Civil Veterinary Department Bihar reports 1940-50 - 1940-1950
Year: 1940
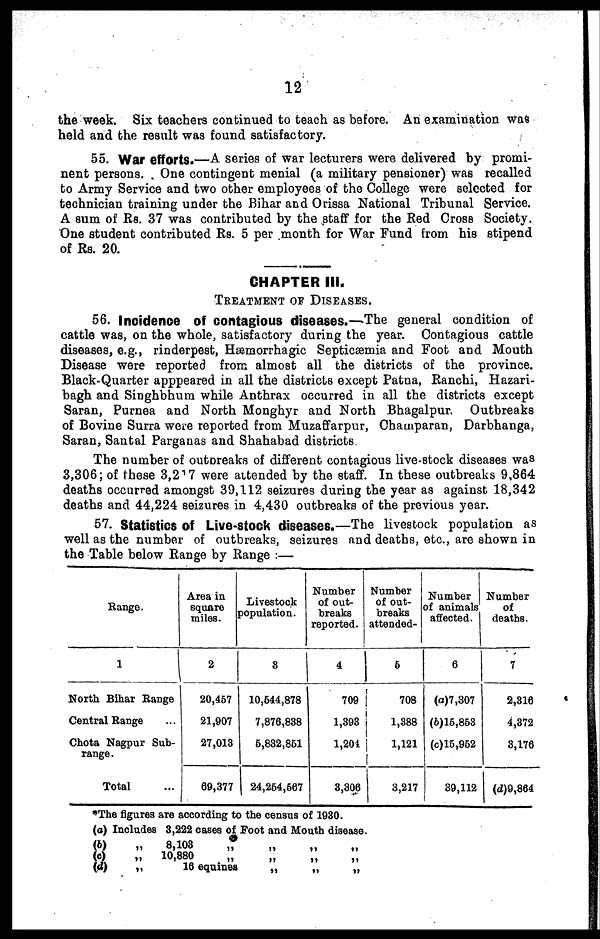
12
the week. Six teachers continued to teach as before. An examination was
held and the result was found satisfactory.
55. War efforts.—A series of war lecturers were delivered by promi-
nent persons. One contingent menial (a military pensioner) was recalled
to Army Service and two other employees of the College were selected for
technician training under the Bihar and Orissa National Tribunal Service.
A sum of Rs. 37 was contributed by the staff for the Bed Cross Society.
One student contributed Rs. 5 per month for War Fund from his stipend
of Rs. 20.
CHAPTER III.
TREATMENT OF DIESEASES.
56. Incidence of contagious diseases.—The general condition of
cattle was, on the whole, satisfactory during the year. Contagious cattle
diseases, e.g., rinderpest, Hæmorrhagic Septicæmia and Foot and Mouth
Disease were reported from almost all the districts of the province.
Black-Quarter apppeared in all the districts except Patna, Ranchi, Hazari-
bagh and Singhbhum while Anthrax occurred in all the districts except
Saran, Purnea and North Monghyr and North Bhagalpur. Outbreaks
of Bovine Surra were reported from Muzaffarpur, Champaran, Darbhanga,
Saran, Santal Parganas and Shahabad districts
The number of outbreaks of different contagious live-stock diseases was
3,306; of these 3,217 were attended by the staff. In these outbreaks 9,864
deaths occurred amongst 39,112 seizures during the year as against 18,342
deaths and 44,224 seizures in 4,430 outbreaks of the previous year.
57. Statistics of Live-stock diseases.—The livestock population as
well as the number of outbreaks, seizures and deaths, etc., are shown in
the Table below Range by Range :—
Range.
1
North Bihar Range
Central Range …
Chota Nagpur Sub-
range.
Total …
Area in
square
miles.
2
20,467
21,907
27,018
69,377
Livestock
population.
3
10,544,878
7,876,888
6,882,861
24,264,667
Number
of out-
breaks
reported.
4
709
1,398
1,201
8,806
Number
of out-
breaks
attended-
5
708
1,388
1,121
8,217
Number
of animals
affected.
6
(a)7,307
(b)16,853
(c)16,952
89,112
Number
of
deaths.
7
2,316
4,372
3,176
(d)9,864
*The figures are according to the census of 1980.
(a)
(b)
(c) (d)
Includes 3,222 cases of Foot and Mouth disease.
„ 8,108 „ „ „ „
„ 10,880 „ „ „ „
„ 16 equines „ „ „